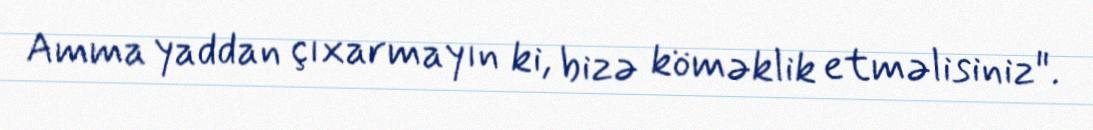
Amma yaddan çıxarmayın ki, bizə köməklik etməlisiniz".